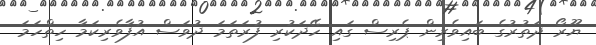
ޔޫރޯ ދަތުރުގެ ބައިވެރިން ޕެރިސް ގައި ހޭދަކުރި ފުރަތަމަ ދުވަސް އުފާވެރިކަމާ ހިތްހަމަ